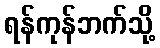
ရန်ကုန်ဘက်သို့